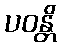
ပဝန္တိ